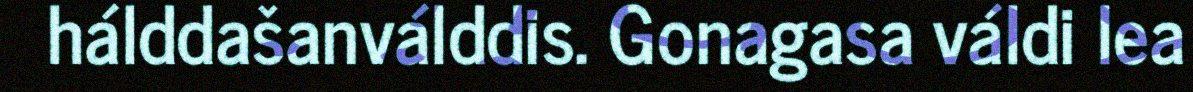
hálddašanválddis. Gonagasa váldi lea